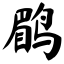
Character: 鹛